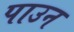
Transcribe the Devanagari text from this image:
पाउन